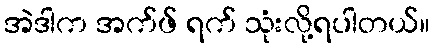
အဲဒါက အက်ဖ် ရက် သုံးလို့ရပါတယ်။